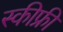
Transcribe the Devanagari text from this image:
स्कीफ्री